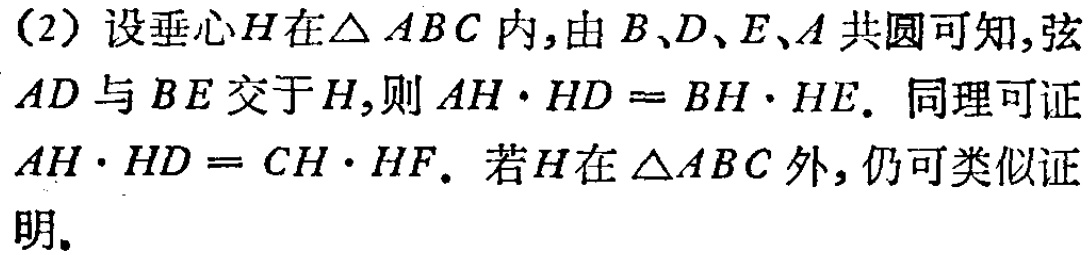
（2）设垂心\(H\)在\(\triangle ABC\)内，由\(B、D、E、A\)共圆可知，弦\(AD\)与\(BE\)交于\(H\)，则\(AH\cdot HD = BH\cdot HE\)。同理可证\(AH\cdot HD = CH\cdot HF\)。若\(H\)在\(\triangle ABC\)外，仍可类似证明。